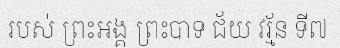
របស់ ព្រះអង្គ ព្រះបាទ ជ័យ វរ្ម័ន ទី៧